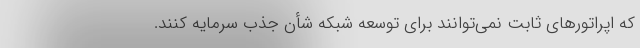
که اپراتورهای ثابت نمی‌توانند برای توسعه شبکه شأن جذب سرمایه کنند.